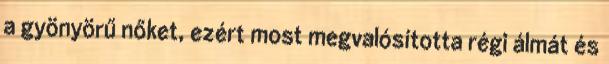
a gyönyörű nőket, ezért most megvalósította régi álmát és